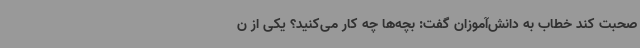
صحبت کند خطاب به دانش‌آموزان گفت: بچه‌ها چه کار می‌کنید؟ یکی از ن